Report of the Indian Hemp Drugs Commission, 1894-1895 - Volume III
Year: 1894
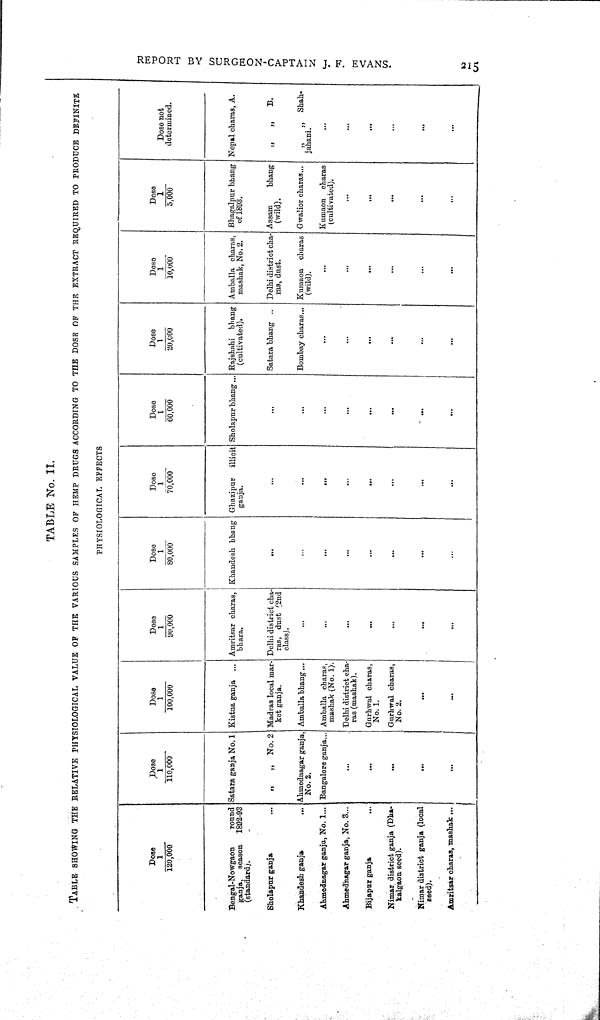
REPORT BY SURGEON-CAPTAIN J. F. EVANS.
215
TABLE No. II.
TABLE SHOWING THE RELATIVE PHYSIOLOGICAL VALUE OF THE VARIOUS SAMPLES OF HEMP DRUGS ACCORDING TO THE DOSE OF THE EXTRACT REQUIRED TO PRODUCE DEFINITE
PHYSIOLOGICAL EFFECTS
Dose not
determined.
Nepal charas, A.
" "
B.
" " Shah-
jahani.
TABLE No. II.
TABLE SHOWING THE RELATIVE PHYSIOLOGICAL VALUE OF THE VARIOUS SAMPLES OF HEMP DRUGS ACCORDING TO THE DOSE OF THE EXTRACT REQUIRED TO PRODUCE DEFINITE
PHYSIOLOGICAL EFFECTS
Dose
1/5,000
Bhagalpur bhang
of 1893.
Assam
bhang
(wild).
Gwalior charas
Kumaon charas
(cultivated).
TABLE No. II.
TABLE SHOWING THE RELATIVE PHYSIOLOGICAL VALUE OF THE VARIOUS SAMPLES OF HEMP DRUGS ACCORDING TO THE DOSE OF THE EXTRACT REQUIRED TO PRODUCE DEFINITE
PHYSIOLOGICAL EFFECTS
Dose
1/10,000
Amballa charas,
mashak, No. 2.
Delhi district cha-
ras, dust.
Kumaon charas
(wild).
TABLE No. II.
TABLE SHOWING THE RELATIVE PHYSIOLOGICAL VALUE OF THE VARIOUS SAMPLES OF HEMP DRUGS ACCORDING TO THE DOSE OF THE EXTRACT REQUIRED TO PRODUCE DEFINITE
PHYSIOLOGICAL EFFECTS
Dose
1/20,000
Rajshahi bhang
(cultivated).
Satara bhang
Bombay charas
TABLE No. II.
TABLE SHOWING THE RELATIVE PHYSIOLOGICAL VALUE OF THE VARIOUS SAMPLES OF HEMP DRUGS ACCORDING TO THE DOSE OF THE EXTRACT REQUIRED TO PRODUCE DEFINITE
PHYSIOLOGICAL EFFECTS
Dose
1/60,000
Sholapnr bhang
TABLE No. II.
TABLE SHOWING THE RELATIVE PHYSIOLOGICAL VALUE OF THE VARIOUS SAMPLES OF HEMP DRUGS ACCORDING TO THE DOSE OF THE EXTRACT REQUIRED TO PRODUCE DEFINITE
PHYSIOLOGICAL EFFECTS
Dose
1/70,000
Ghazipur illicit
ganja.
TABLE No. II.
TABLE SHOWING THE RELATIVE PHYSIOLOGICAL VALUE OF THE VARIOUS SAMPLES OF HEMP DRUGS ACCORDING TO THE DOSE OF THE EXTRACT REQUIRED TO PRODUCE DEFINITE
PHYSIOLOGICAL EFFECTS
Dose
1/80,000
Khandesh bhang
TABLE No. II.
TABLE SHOWING THE RELATIVE PHYSIOLOGICAL VALUE OF THE VARIOUS SAMPLES OF HEMP DRUGS ACCORDING TO THE DOSE OF THE EXTRACT REQUIRED TO PRODUCE DEFINITE
PHYSIOLOGICAL EFFECTS
Dose
1/90,000
Amritsar charas,
bhara.
Delhi district cha-
ras, dust (2nd
class).
TABLE No. II.
TABLE SHOWING THE RELATIVE PHYSIOLOGICAL VALUE OF THE VARIOUS SAMPLES OF HEMP DRUGS ACCORDING TO THE DOSE OF THE EXTRACT REQUIRED TO PRODUCE DEFINITE
PHYSIOLOGICAL EFFECTS
Dose
1/100,000
Kistna ganja
Madras local mar-
ket ganja.
Amballa bhang
Amballa charas,
mashak (No. 1).
Delhi district cha-
ras (mashak).
Gurhwal charas,
No. 1.
Gurhwal charas,
No. 2.
TABLE No. II.
TABLE SHOWING THE RELATIVE PHYSIOLOGICAL VALUE OF THE VARIOUS SAMPLES OF HEMP DRUGS ACCORDING TO THE DOSE OF THE EXTRACT REQUIRED TO PRODUCE DEFINITE
PHYSIOLOGICAL EFFECTS
Dose
1/110,000
Satara ganja No. 1
" " No. 2
Ahmednagar ganja,
No. 2.
Bangalore ganja
TABLE No. II.
TABLE SHOWING THE RELATIVE PHYSIOLOGICAL VALUE OF THE VARIOUS SAMPLES OF HEMP DRUGS ACCORDING TO THE DOSE OF THE EXTRACT REQUIRED TO PRODUCE DEFINITE
PHYSIOLOGICAL EFFECTS
Dose
1/120,000
Bengal-Nowgaon
round
ganja, season 1892-93
(standard).
Sholapur
ganja
Khandesh ganja
Ahmednagar ganja, No. 1
Ahmednagar ganja, No. 3
Bijapur ganja
Nimar district ganja (Dha-
kalgabn seed).
Nimar district ganja (local
seed).
Amritsar charas, mashak...